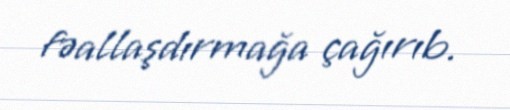
fəallaşdırmağa çağırıb.